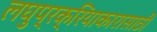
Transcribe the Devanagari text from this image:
लघुप्रक्रियाकारासाठी